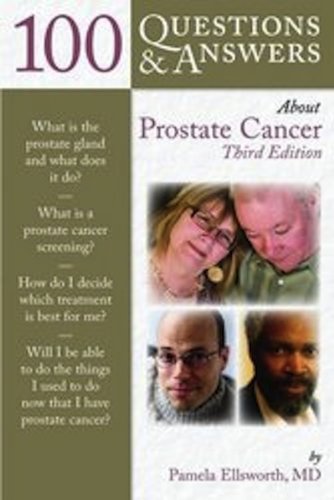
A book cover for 100 Questions  &  Answers About Prostate Cancer; Pamela Ellsworth; Health, Fitness & Dieting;